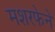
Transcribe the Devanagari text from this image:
मशरफेने